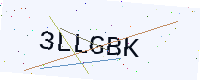
Text: 3LLGBK